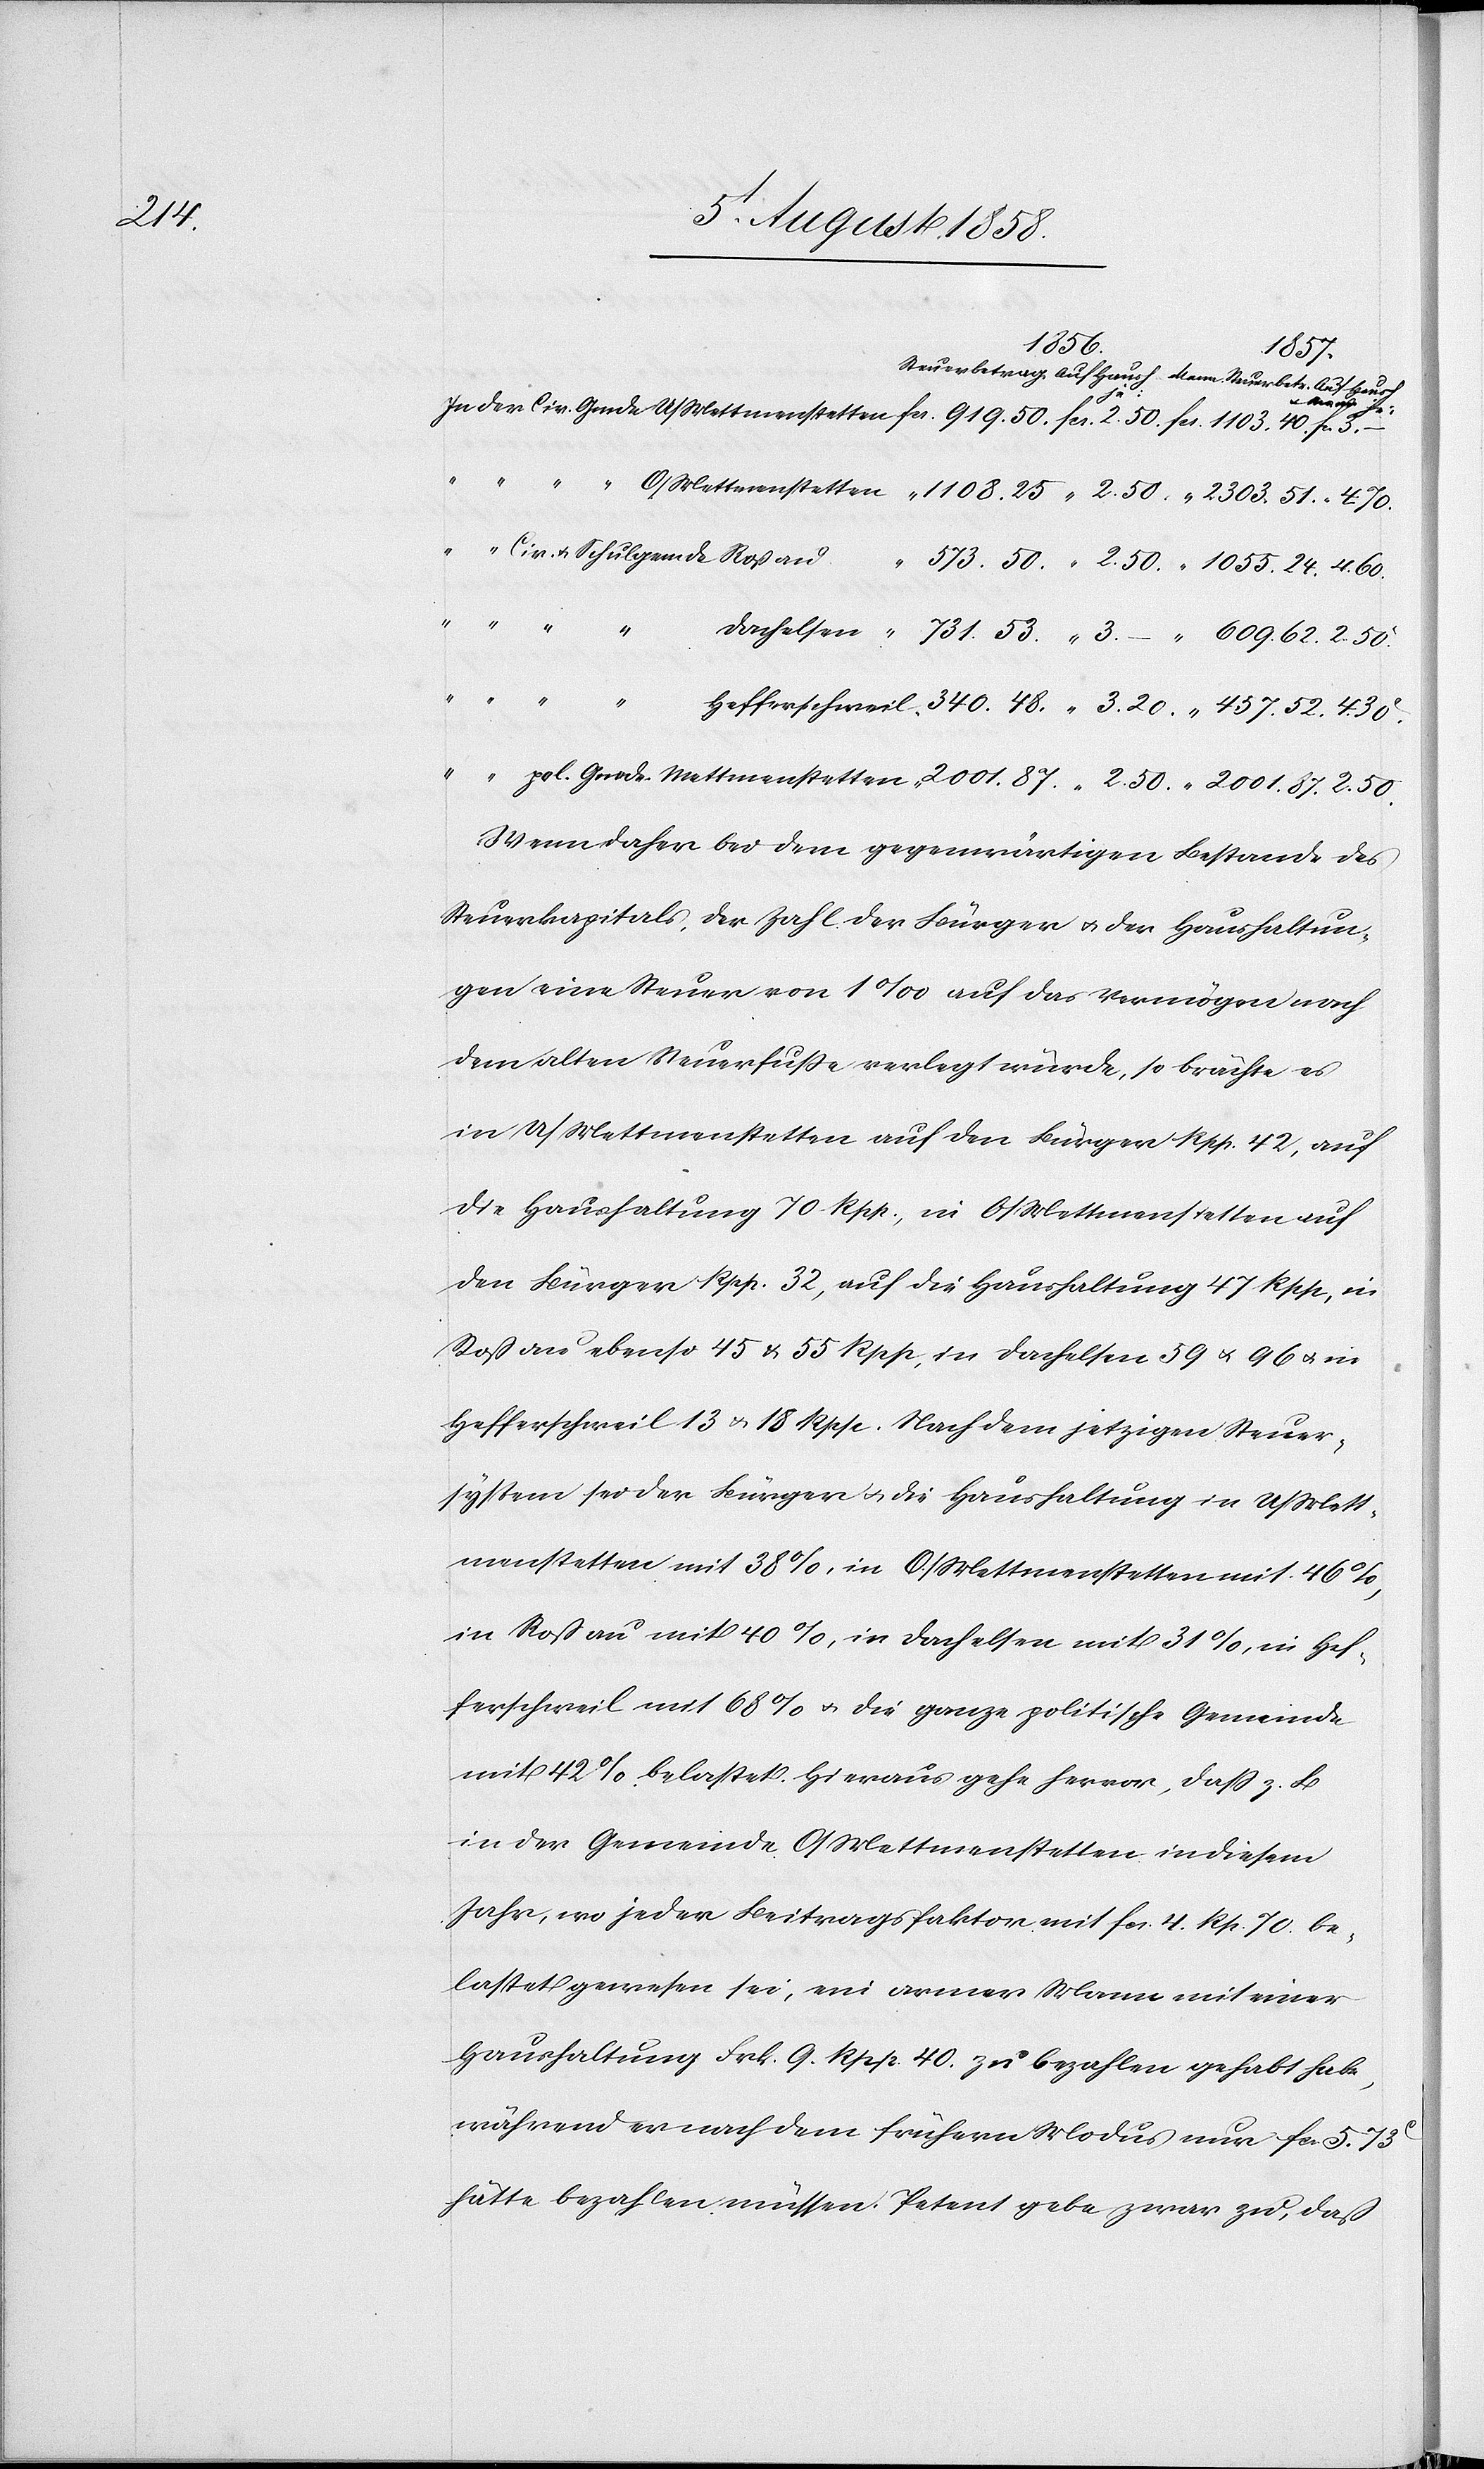
50.

1103. 40.
457.
tetten
Wenn daher bei dem gegenwärtigen Bestande des
Steuerkapitals, der Zahl der Bürger & der Haushaltun¬
gen eine Steuer von 1‰ auf das Vermögen nach
dem alten Steuerfusse verlegt würde, so brächte es
in U/Mettmenstetten auf den Bürger Rpp. 42, auf
die Haushaltung 70 Rpp., in O/Mettmenstetten auf
den Bürger Rpp. 32, auf die Haushaltung 47 Rpp., in
Roßau ebenso 45 & 55 Rpp., in Dachelsen 59 & 96 & in
Hefferschweil 13 & 18 Rpp. Nach dem jetzigen Steuer¬
system sei der Bürger & die Haushaltung in U/Mett¬
menstetten mit 38%, in O/Mettmenstetten mit 46%,
in Rossau mit 40%, in Dachelsen mit 31%, in Hef¬
ferschweil mit 68% & die ganze politische Gemeinde
mit 42% belastet. Hieraus gehe hervor, dass z. B.
in der Gemeinde O/Mettmenstetten in diesem
Jahr, wo jeder Beitragsfaktor mit fcs. 4. Rp. 70. be¬
lastet gewesen sei, ein armer Mann mit einer
Haushaltung Frk. 9. Rpp. 40. zu bezahlen gehabt habe,
während er nach dem frühern Modus nur fcs. 5.
hätte bezahlen müssen. Petent gebe zwar zu, daß